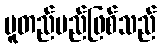
မူတည်မည်ဖြစ်သည်